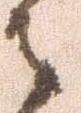
御